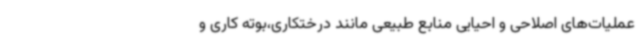
عملیات‌های اصلاحی و احیایی منابع طبیعی مانند درختکاری،بوته کاری و